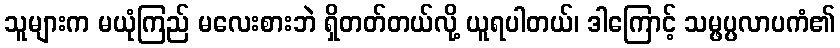
သူများက မယုံကြည် မလေးစားဘဲ ရှိတတ်တယ်လို့ ယူရပါတယ်၊ ဒါကြောင့် သမ္ဖပ္ပလာပကံ၏